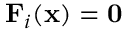
\mathbf { F } _ { i } ( \mathbf { x } ) = \mathbf { 0 }